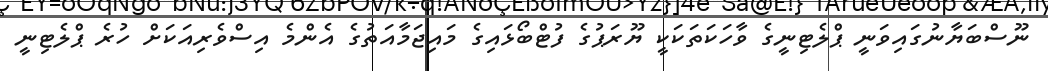
ނޫސްބަޔާނުގައިވަނީ ޕްލެޓިނީގެ ވާހަކަތަކަކީ ޔޫރަޕުގެ ފުޓްބޯޅައިގެ މައިޖަމާއަތުގެ އެންމެ އިސްވެރިއަކަށް ހުރެ ޕްލެޓިނީ